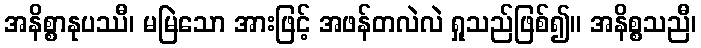
အနိစ္စာနုပဿီ၊ မမြဲသော အားဖြင့် အဖန်တလဲလဲ ရှုသည်ဖြစ်၍။ အနိစ္စသညီ၊